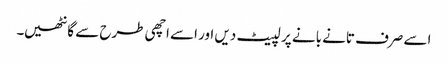
اسے صرف تانے بانے پر لپیٹ دیں اور اسے اچھی طرح سے گانٹھیں۔